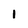
Character: 1